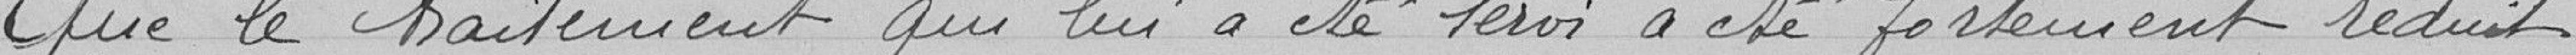
Que le traitement qui lui a été servi a été fortement réduit.